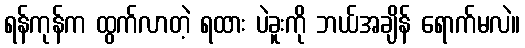
ရန်ကုန်က ထွက်လာတဲ့ ရထား ပဲခူးကို ဘယ်အချိန် ရောက်မလဲ။